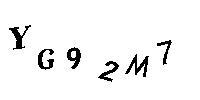
YG92M7